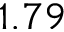
1 . 7 9